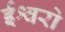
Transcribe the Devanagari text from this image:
ईश्वरो